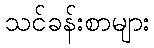
သင်ခန်းစာများ